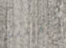
وتريدين